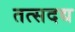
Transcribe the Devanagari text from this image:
तत्सदद्य